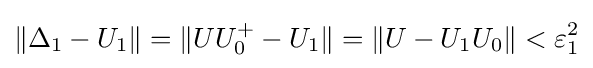
\|\Delta _{1}-U_{1}\|=\|UU_{0}^{+}-U_{1}\|=\|U-U_{1}U_{0}\|<\varepsilon _{1}^{2}